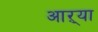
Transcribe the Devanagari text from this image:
आऱ्या